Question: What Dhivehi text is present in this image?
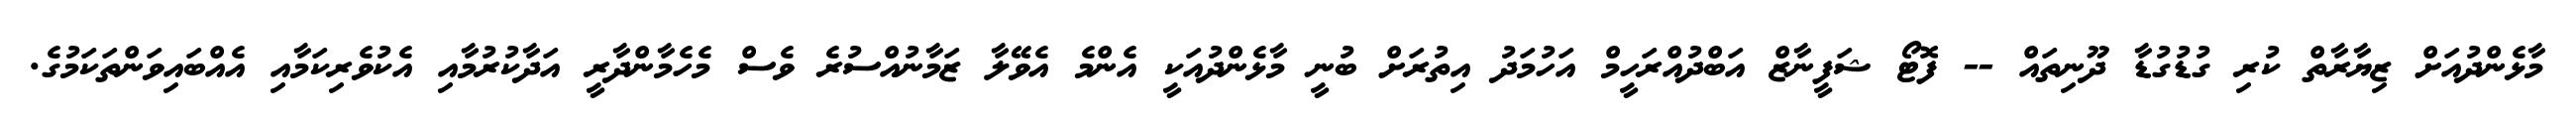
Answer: މާޅެންދުއަށް ޒިޔާރާތް ކުރި ގުޑުގުޑާ ދޫނިތައް -- ފޮޓޯ ޝަފީނާޒް އަބްދުއްރަހީމް އަހުމަދު އިތުރަށް ބުނީ މާޅެންދުއަކީ އެންމެ އެވޭލާ ޒަމާނުއްސުރެ ވެސް މެހެމާންދާރީ އަދާކުރުމާއި އެކުވެރިކަމާއި އެއްބައިވަންތަކަމުގެ.